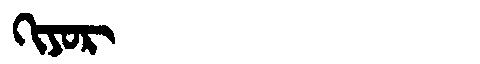
Manchu: ᡴᡳᠶᠣᡵ
Romanization: KIYOR